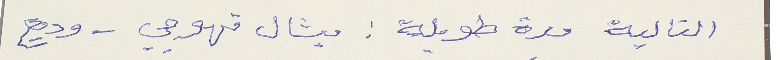
التالية مدة طويلة: ميشال قهوجي – وديع